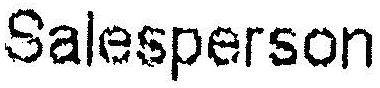
SALESPERSON